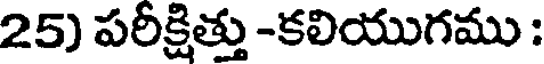
25) పరీక్షిత్తు -కలియుగము :